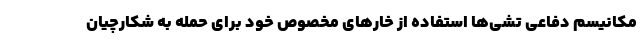
مکانیسم دفاعی تشی‌ها استفاده از خارهای مخصوص خود برای حمله به شکارچیان